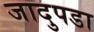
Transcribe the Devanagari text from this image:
जादुपडा